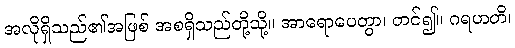
အလိုရှိသည်၏အဖြစ် အစရှိသည်တို့သို့။ အာရောပေတွာ၊ တင်၍။ ဂရဟတိ၊